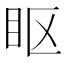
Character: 眍